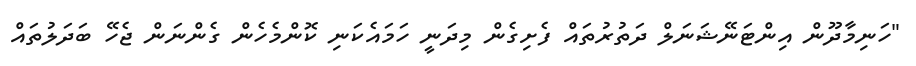
"ހަނިމާދޫން އިންޓަނޭޝަނަލް ދަތުރުތައް ފެށިގެން މިދަނީ ހަމައެކަނި ކޮންމެހެން ގެންނަން ޖެހޭ ބަދަލުތައް